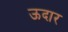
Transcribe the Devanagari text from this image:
ऊदार